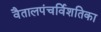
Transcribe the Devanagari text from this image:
वैतालपंचर्विशतिका